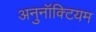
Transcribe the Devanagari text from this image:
अनुनॉक्टियम